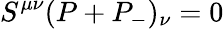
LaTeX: S^{\mu\nu}(P+P_{-})_{\nu}=0